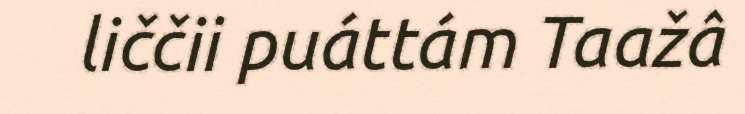
liččii puáttám Taažâ